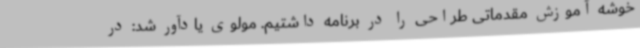
خوشه آموزش مقدماتی طراحی را در برنامه داشتیم. مولوی یادآور شد: در